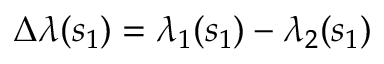
\Delta \lambda ( s _ { 1 } ) = \lambda _ { 1 } ( s _ { 1 } ) - \lambda _ { 2 } ( s _ { 1 } )